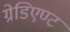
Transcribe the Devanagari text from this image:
ग्रेडिएण्ट